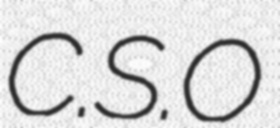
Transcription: C.S.O